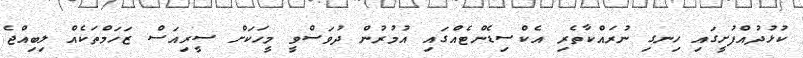
ކުޅުދުއްފުށީގައި ހިނގި ނުރައްކާތެރި އެކްސިޑެންޓެއްގައި އުމުރުން ދުވަސްވީ މީހަކަށް ސީރިއަސް ޒަހަމްތަކެއް ލިބިއްޖެ